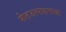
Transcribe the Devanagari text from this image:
शेतउत्पादनाचा